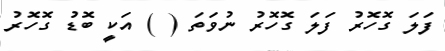
ފަލަ ގޮހޮރު ފަލަ ގޮހޮރު ނުވަތަ ( ) އަކީ ބޮޑު ގޮހޮރު